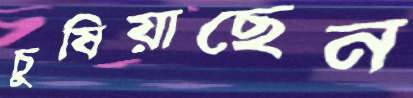
চুষিয়াছেন